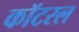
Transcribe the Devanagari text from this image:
कॉटरल